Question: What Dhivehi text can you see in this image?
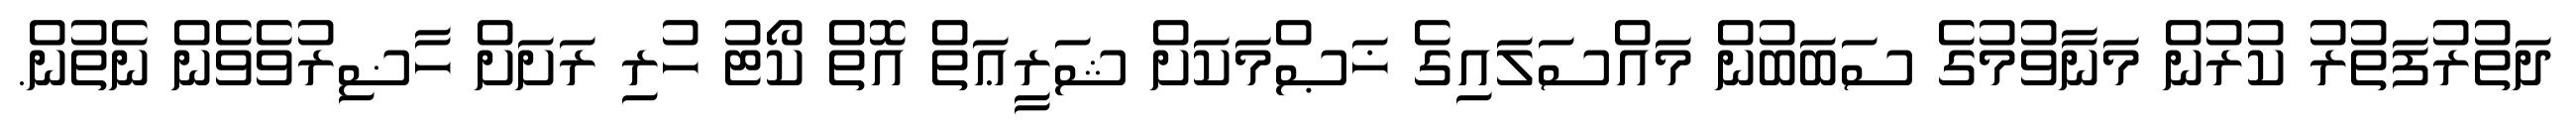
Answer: ދަތުރުފަތުރު ކުރުން މަނާވުމުގެ ސަބަބުން މައްސަލައިގެ ޚަޞްމަކަށް ޝަރީޢަތް އޮތް ކޯޓު ހުރި ރަށަށް ހާޟިރުވެވެން ނެތުން.